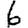
Digit: 6